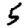
Digit: 5